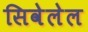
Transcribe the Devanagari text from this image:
सिवेलेल